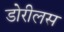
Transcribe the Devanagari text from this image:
डोरीलस